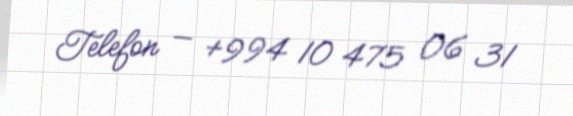
Telefon — +994 10 475 06 31